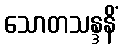
သောတသန္ဒနိံ